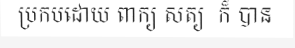
ប្រកបដោយ ពាក្យ សត្យ  ក៏ បាន